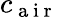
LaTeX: c_{\mathrm{~a~i~r~}}